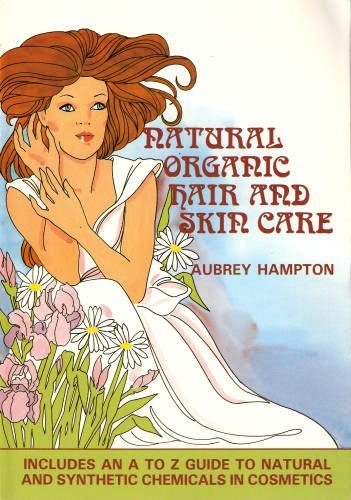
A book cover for Natural Organic Hair and Skin Care: Including A to Z Guide to Natural and Synthetic Chemicals in Cosmetics; Aubrey Hampton; Health, Fitness & Dieting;